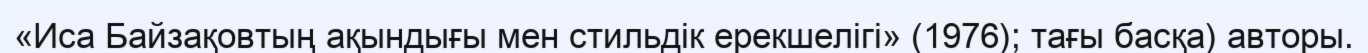
«Иса Байзақовтың ақындығы мен стильдік ерекшелігі» (1976); тағы басқа) авторы.